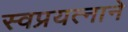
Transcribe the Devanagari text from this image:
स्वप्रयत्नाने